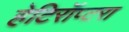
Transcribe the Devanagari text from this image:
हेटिरॉप्टरा